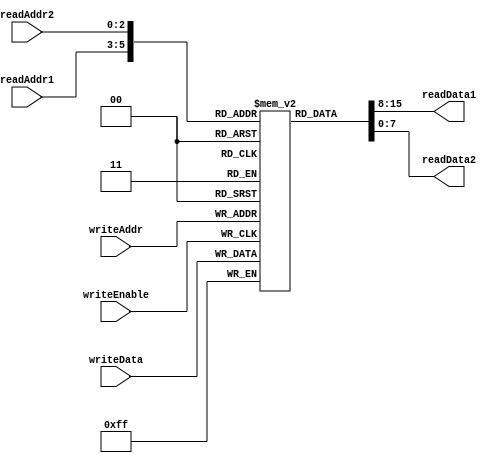
module RegisterFile(
   input wire [7:0] writeData,
   input wire [2:0] writeAddr,
   input wire writeEnable,
   input wire [2:0] readAddr1,
   input wire [2:0] readAddr2,
   output reg [7:0] readData1,
   output reg [7:0] readData2
);

reg [7:0] memory [0:7]; // 8 blocks of memory, each containing 8 bits

always @(posedge writeEnable) begin
   if(writeEnable) begin
      memory[writeAddr] <= writeData;
   end
end

assign readData1 = memory[readAddr1];
assign readData2 = memory[readAddr2];

endmodule